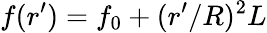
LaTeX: f(r^{\prime})=f_{0}+(r^{\prime}/R)^{2}L